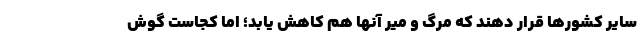
سایر کشورها قرار دهند که مرگ و میر آنها هم کاهش یابد؛ اما کجاست گوش